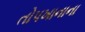
તોપખાનાના